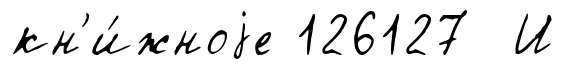
кн'и́жноjе 126127 И